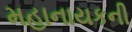
મહાનાયકની